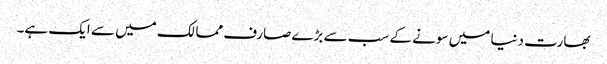
بھارت دنیا میں سونے کے سب سے بڑے صارف ممالک میں سے ایک ہے۔